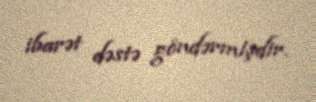
ibarət dəstə göndərmişdir.